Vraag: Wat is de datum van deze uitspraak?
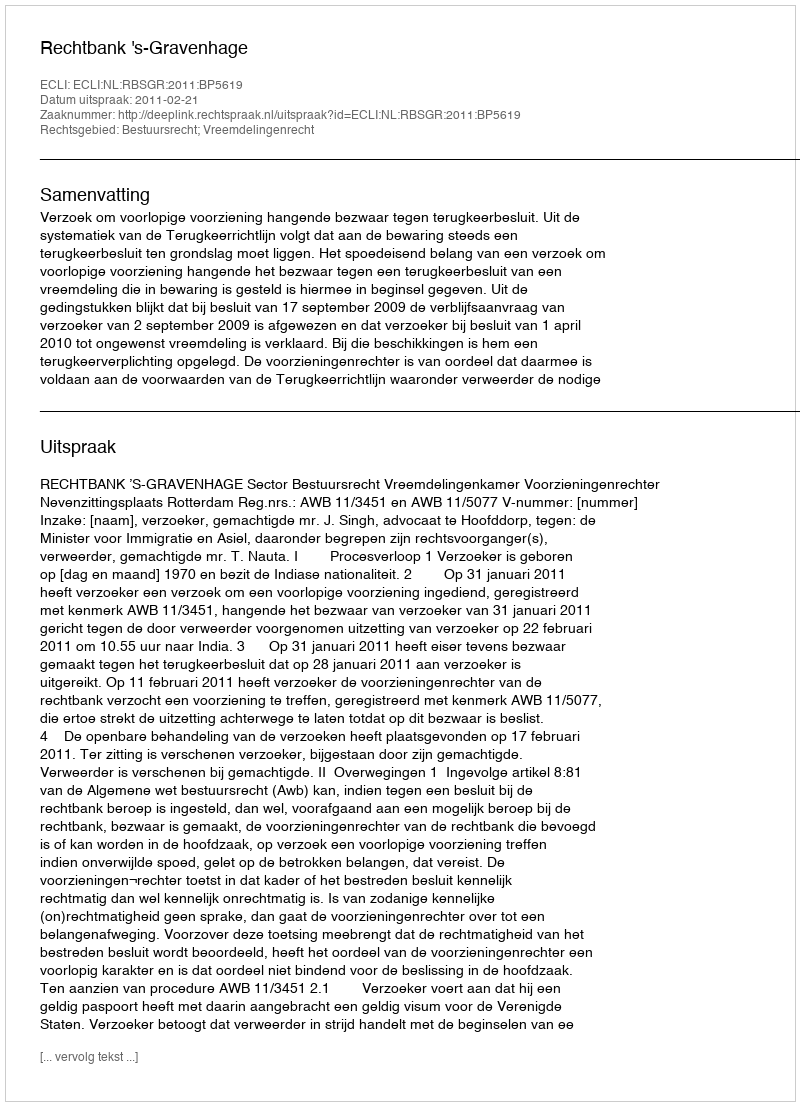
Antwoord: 2011-02-21